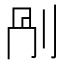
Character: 𠛰